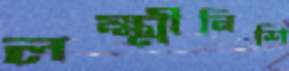
লক্ষ্মীনিশি